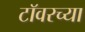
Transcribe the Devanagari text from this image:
टाॅवरच्या